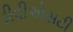
ડીવીએસટી